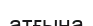
атғына